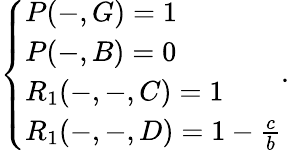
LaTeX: \left\{ \begin{array}{ll}{P(-,G)=1}\\ {P(-,B)=0}\\ {R_{1}(-,-,C)=1}\\ {R_{1}(-,-,D)=1-\frac{c}{b}}\end{array}\right..